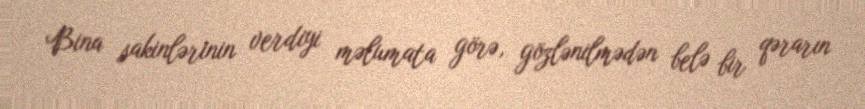
Bina sakinlərinin verdiyi məlumata görə, gözlənilmədən belə bir qərarın